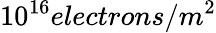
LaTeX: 10^{16}electrons/m^{2}